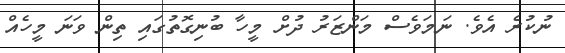
ނުކުރެ އެވެ. ނަމަވެސް މަންޒަރު ދުށް މީހާ ބުނިގޮތުގައި ތިން ވަނަ މީހެއް